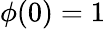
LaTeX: \phi(0)=1